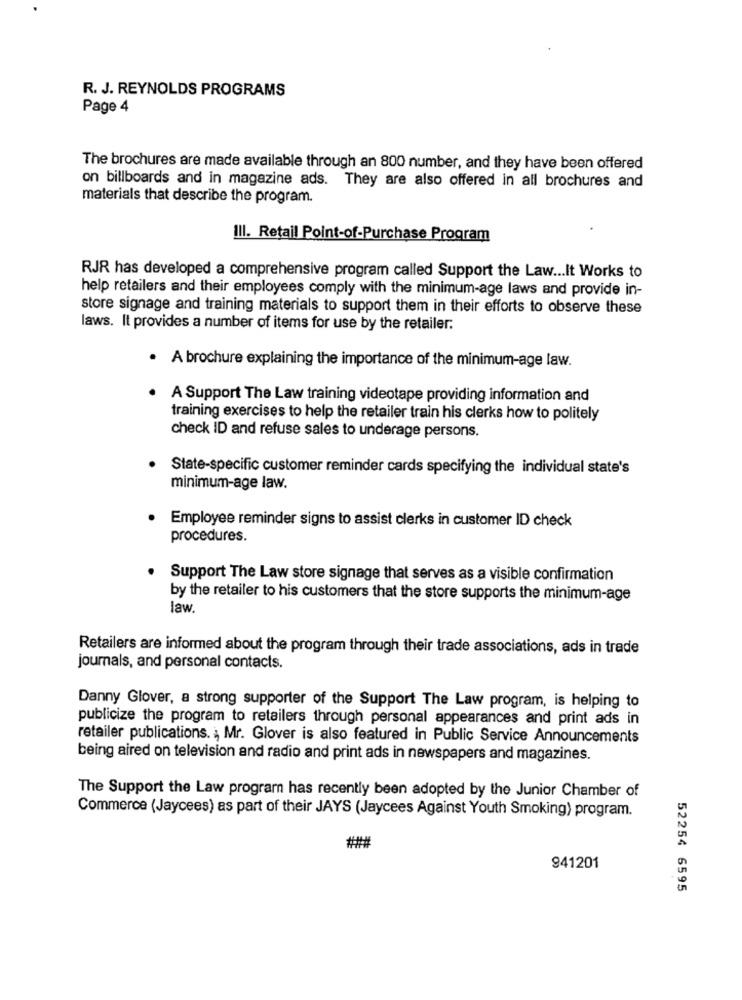
R. J. REYNOLDS PROGRAMS
Page 4
The brochures are made available through an 800 number, and they have been offered
on billboards and in magazine ads. They are also offered in all brochures and
materials that describe the program.
III. Retail Point-of-Purchase Program
RJR has developed a comprehensive program called Support the Law ... It Works to
help retailers and their employees comply with the minimum-age laws and provide in-
store signage and training materials to support them in their efforts to observe these
laws. It provides a number of items for use by the retailer.
. A brochure explaining the importance of the minimum-age law.
A Support The Law training videotape providing information and
training exercises to help the retailer train his clerks how to politely
check ID and refuse sales to underage persons.
State-specific customer reminder cards specifying the individual state's
minimum-age law.
Employee reminder signs to assist clerks in customer ID check
procedures.
Support The Law store signage that serves as a visible confirmation
by the retailer to his customers that the store supports the minimum-age
law.
Retailers are informed about the program through their trade associations, ads in trade
journals, and personal contacts.
Danny Glover, a strong supporter of the Support The Law program, is helping to
publicize the program to retailers through personal appearances and print ads in
retailer publications. Mr. Glover is also featured in Public Service Announcements
being aired on television and radio and print ads in newspapers and magazines.
The Support the Law program has recently been adopted by the Junior Chamber of
Commerce (Jaycees) as part of their JAYS (Jaycees Against Youth Smoking) program.
###
941201
52254 6595